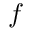
f